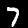
Label: 7